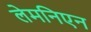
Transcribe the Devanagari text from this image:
लेमनिएन